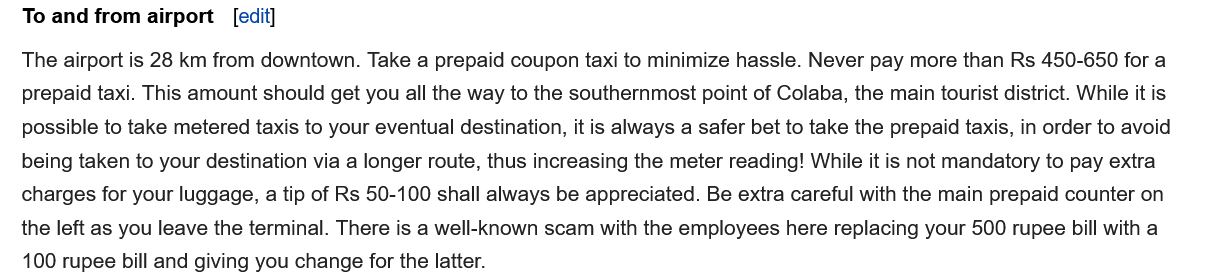
To and from airport [edit]
   The airport is 28 km from downtown. Take a prepaid coupon taxi to minimize hassle. Never pay more than Rs 450-650 for a
   prepaid taxi. This amount should get you all the way to the southernmost point of Colaba, the main tourist district. While it is
   possible to take metered taxis to your eventual destination, it is always a safer bet to take the prepaid taxis, in order to avoid
   being taken to your destination via a longer route, thus increasing the meter reading! While it is not mandatory to pay extra
   charges for your luggage,
     a
     tip  of Rs 50-100 shall always be appreciated. Be extra careful with the main prepaid counter on
   the left as you leave the terminal. There is a well-known scam with the employees here replacing your 500 rupee bill with a
   100 rupee bill and giving you change for the latter.